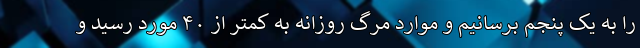
را به یک پنجم برسانیم و موارد مرگ روزانه به کمتر از ۴۰ مورد رسید و